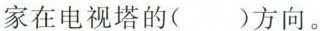
家在电视塔的( )方向。